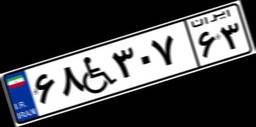
۷۲W۰۸۰۹۸